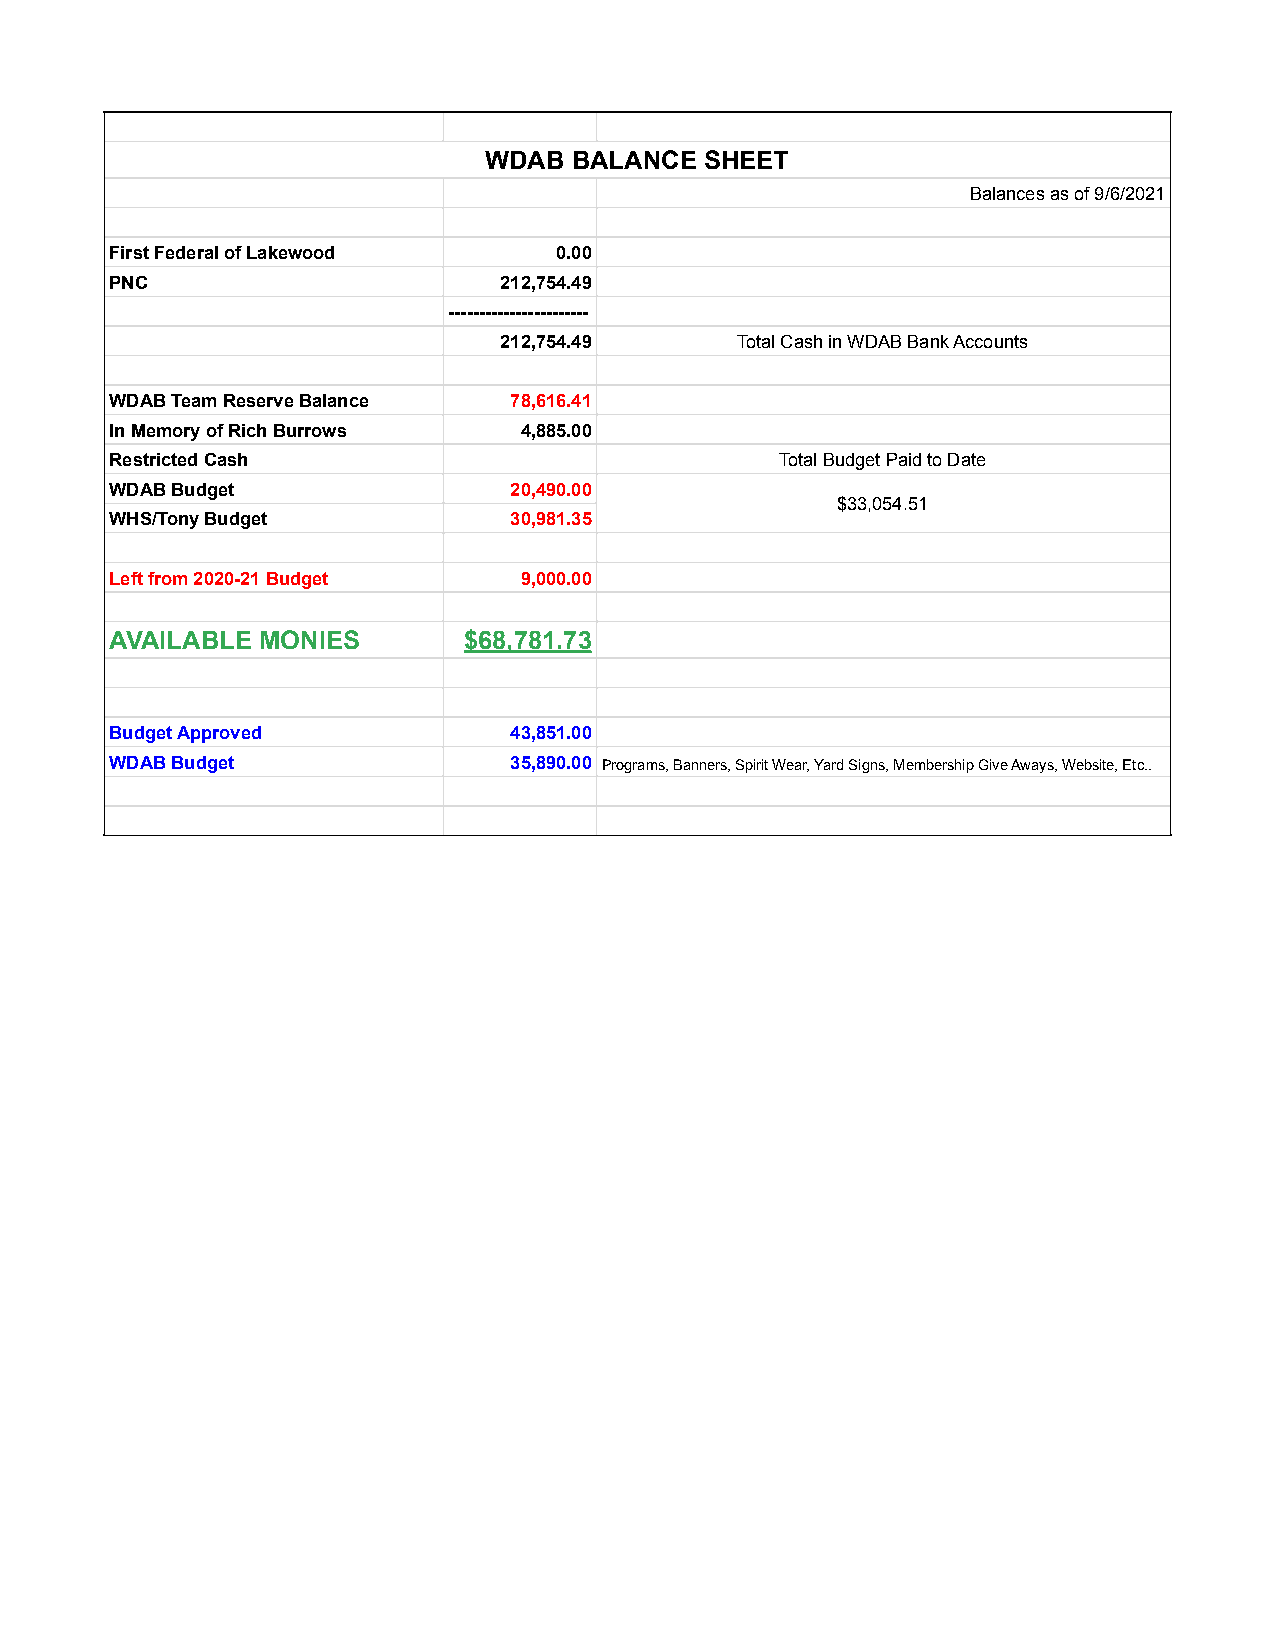
WDAB  BALANCE  SHEET
 Balances as of 9/6/2021
 First Federal of Lakewood     0.00
 PNC                       212,754.49
 -----------------------
 212,754.49      Total Cash in WDAB Bank Accounts
 WDAB Team Reserve Balance  78,616.41
 In Memory of Rich Burrows  4,885.00
 Restricted Cash                              Total Budget Paid to Date
 WDAB Budget                20,490.00
 $33,054.51
 WHS/Tony Budget            30,981.35
 Left from 2020-21 Budget   9,000.00
 AVAILABLE MONIES        $68,781.73
 Budget Approved            43,851.00
 WDAB Budget                35,890.00 Programs, Banners, Spirit Wear, Yard Signs, Membership Give Aways, Website, Etc..